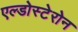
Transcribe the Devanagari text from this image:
एल्डोस्टेरोन